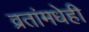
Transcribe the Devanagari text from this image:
व्रतांमधेही